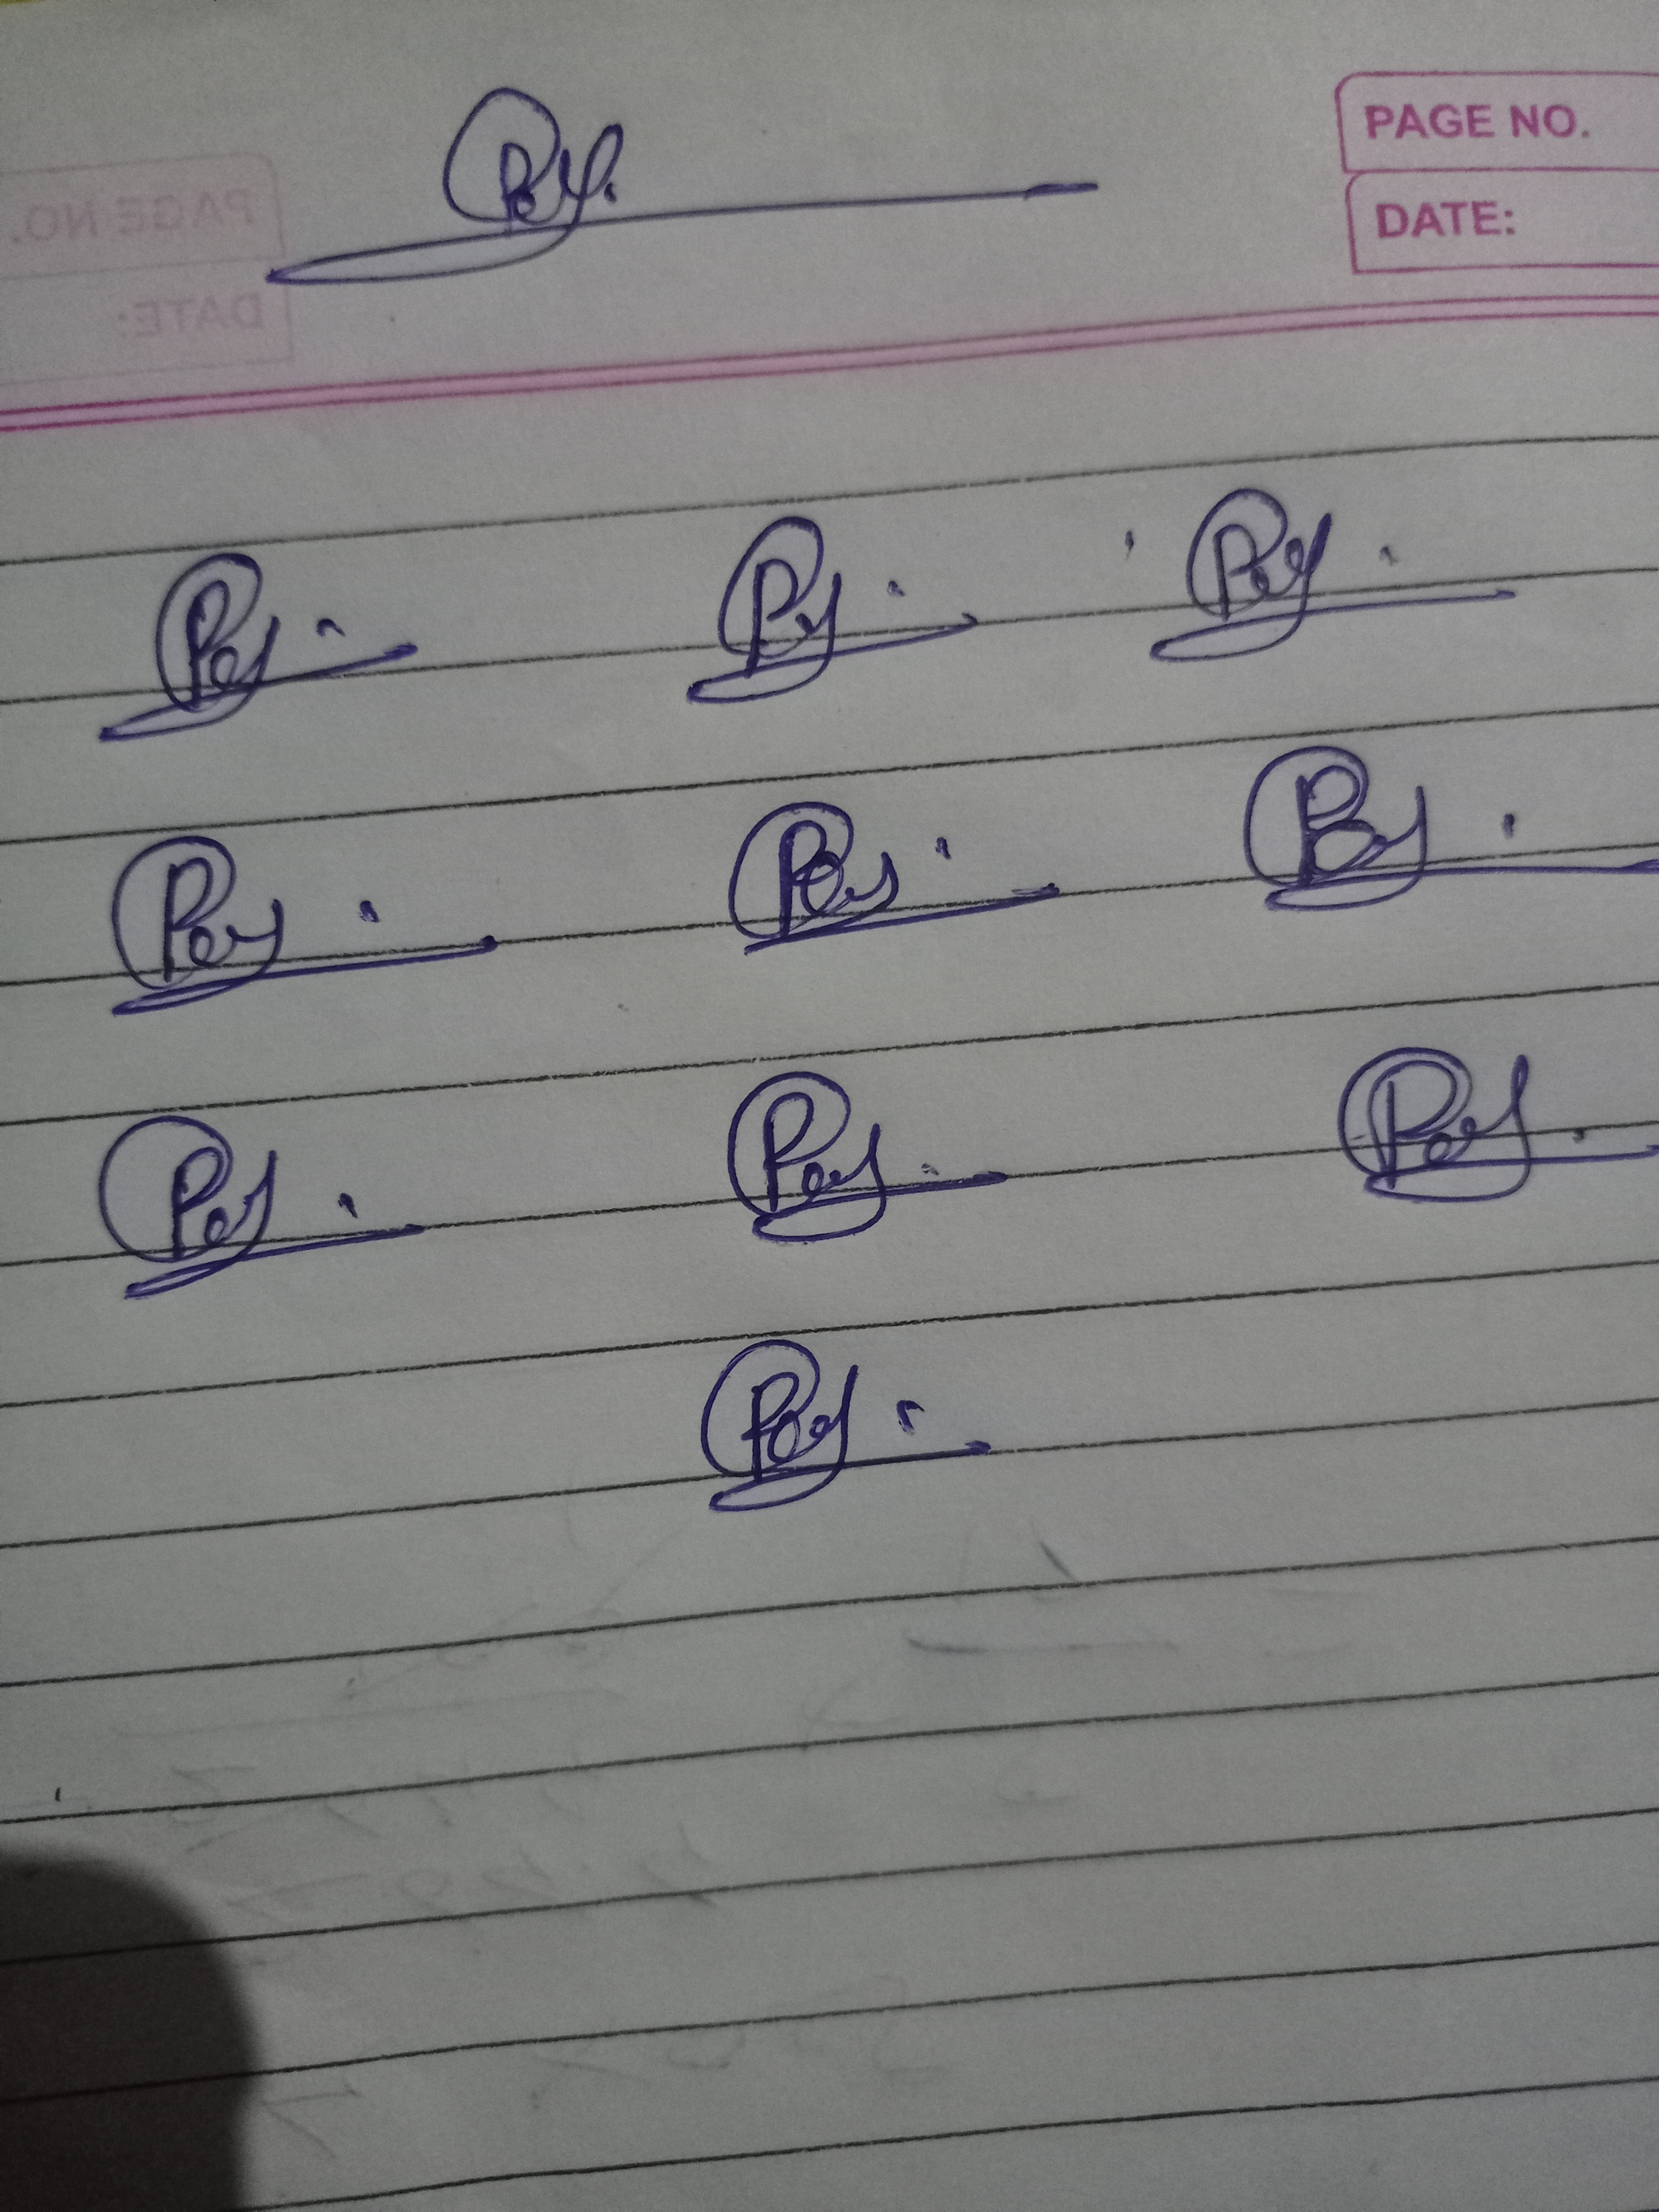
Signature authenticity: forged